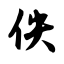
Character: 佚